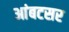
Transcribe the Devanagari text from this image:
आंबटसर